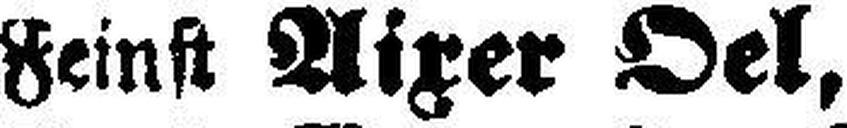
Feinst Aixer Oel,